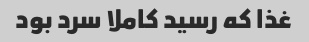
غذا که رسید کاملا سرد بود